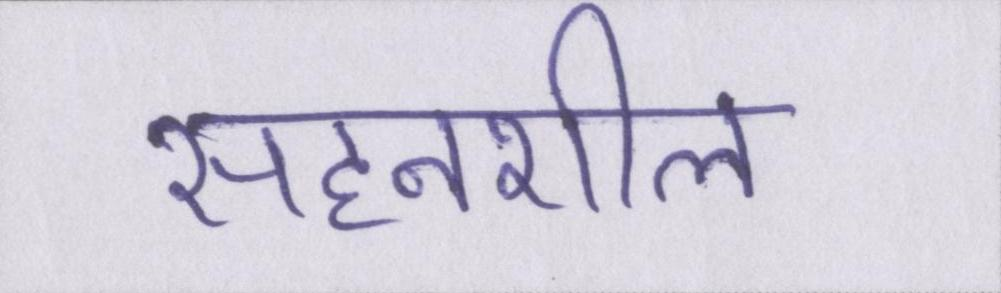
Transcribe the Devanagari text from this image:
सहनशील